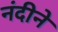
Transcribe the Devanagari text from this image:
नंदीने